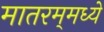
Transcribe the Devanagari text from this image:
मातरम्‌मध्ये